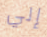
إلي